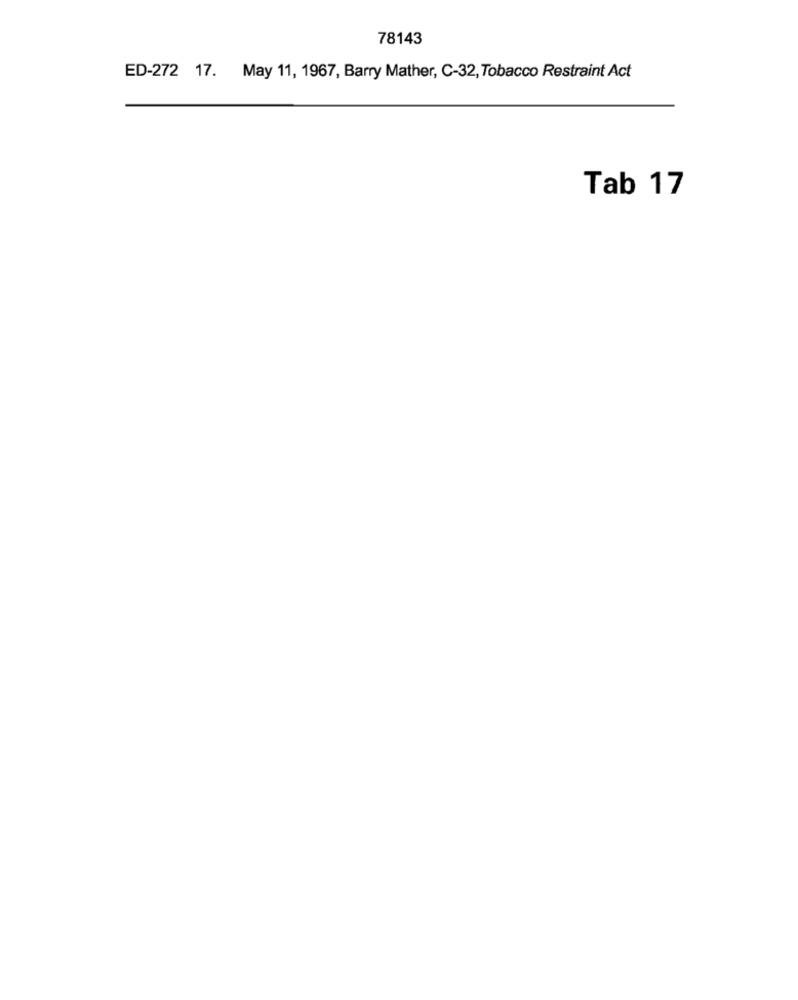
78143
ED-272 17. May 11, 1967, Barry Mather, C-32, Tobacco Restraint Act
Tab 17